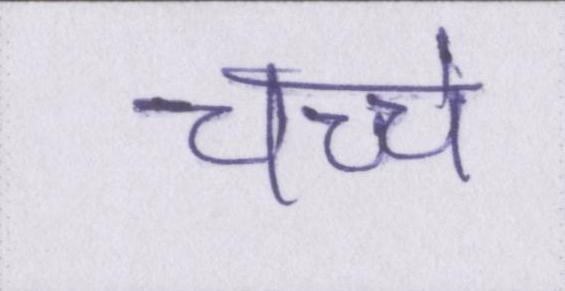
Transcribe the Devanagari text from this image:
चच्चे